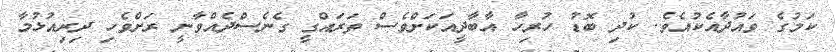
ކަމުގެ ވައުދާއެކުއެވެ. ކުދި ބޮޑު ހުރިހާ އާބާދީއަކަށްވެސް ތަރައްގީ ގެނެސްދެއްވާނީ ރަށްވެހި ދިރިއުޅުމާ